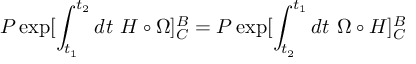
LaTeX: { \cal P } \exp [ \int _ { t _ { 1 } } ^ { t _ { 2 } } d t \ H \circ \Omega ] _ { C } ^ { B } = { \cal P } \exp [ \int _ { t _ { 2 } } ^ { t _ { 1 } } d t \ \Omega \circ H ] _ { C } ^ { B }